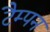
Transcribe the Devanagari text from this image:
टैम्पन